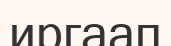
иргаап